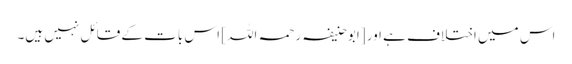
اس میں اختلاف ہے اور [ابو حنیفہ رحمہ اللہ] اس بات کے قائل نہیں ہیں۔